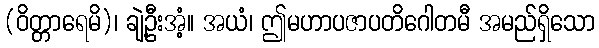
(ဝိတ္တာရေမိ)၊ ချဲ့ဦးအံ့။ အယံ၊ ဤမဟာပဇာပတိဂေါတမီ အမည်ရှိသော